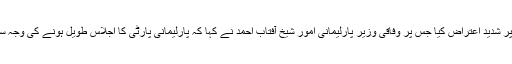
ڈاکٹر شیریں مزاری نے بھی اجلاس تاخیر سے شروع کرنے پر شدید اعتراض کیا جس پر وفاقی وزیر پارلیمانی امور شیخ آفتاب احمد نے کہا کہ پارلیمانی پارٹی کا اجلاس طویل ہونے کی وجہ سے اجلاس تاخیر سے شروع ہوا جس پر ہم معذرت چاہتے ہیں۔